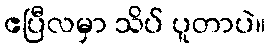
ဧပြီလမှာ သိပ် ပူတာပဲ။